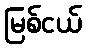
မြစ်ငယ်